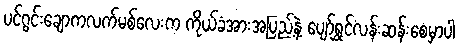
ပင်ဂွင်းချောကလက်မစ်လေးက ကိုယ်ခံအားအပြည့်နဲ့ ပျော်ရွှင်လန်းဆန်းစေမှာပါ